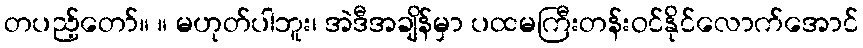
တပည့်တော်။ ။ မဟုတ်ပါဘူး၊ အဲဒီအချိန်မှာ ပထမကြီးတန်းဝင်နိုင်လောက်အောင်